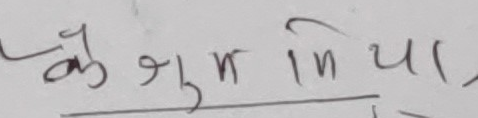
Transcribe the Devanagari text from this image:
केजुमिया